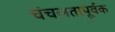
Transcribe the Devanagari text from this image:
चंचलतापूर्वक